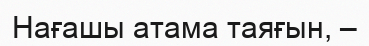
Нағашы атама таяғын, –